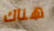
هناك